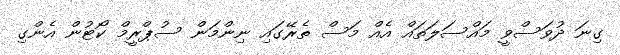
ގިނަ ދުވަސްވީ މައްސަލަތައް އެއް މަސް ތެރޭގައި ނިންމަން ސުޕްރީމް ކޯޓުން އެންގި